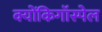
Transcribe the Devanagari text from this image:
क्योंकिगॉस्पेल